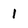
Character: 1